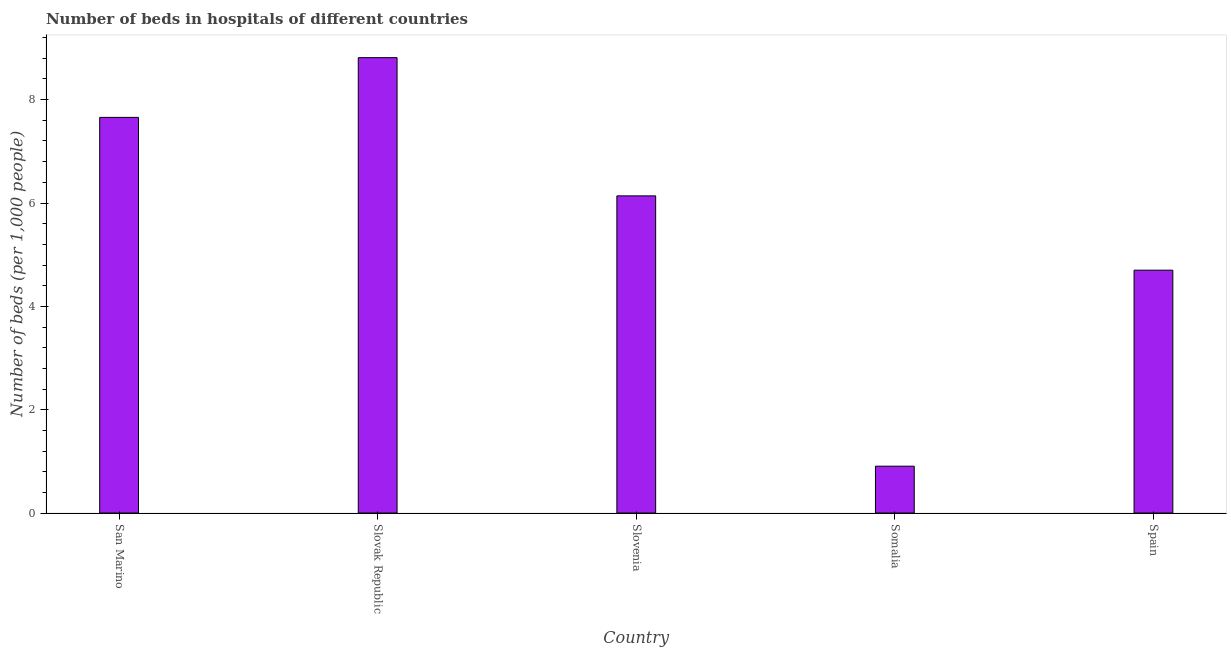
| Country | Hospital beds |
 | --- | --- |
 | San Marino | 7.66 |
 | Slovak Republic | 8.81 |
 | Slovenia | 6.14 |
 | Somalia | 0.906 |
 | Spain | 4.7 |